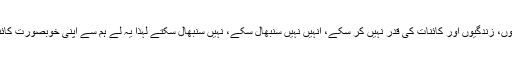
اور اسے صاف کیوں نہیں کہہ دیتے کہ ہم تیری نعمتوں، زندگیوں اور کائنات کی قدر نہیں کر سکے، انہیں نہیں سنبھال سکے، نہیں سنبھال سکتے لہٰذا یہ لے ہم سے اپنی خوبصورت کائنات کو راکھ اور خاک کی صورت میں واپس لے لے۔